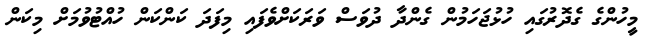
މީހުންގެ ގެދޮރުގައި ހުޅުޖަހަމުން ގެންދާ ދުވަސް ވަރަކަށްވެފައި މިފަދަ ކަންކަން ހުއްޓުވުމަށް މިކަން